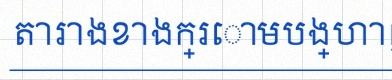
តារាងខាងក្រោមបង្ហាញពីទិន្នន័យ